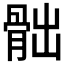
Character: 𩨸